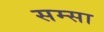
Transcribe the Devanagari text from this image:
सम्सा